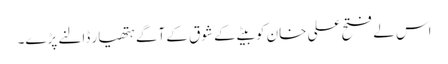
اس لے فتح علی خان کو بیٹے کے شوق کے آگے ہتھیار ڈالنے پڑے۔